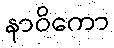
နာဝိကော